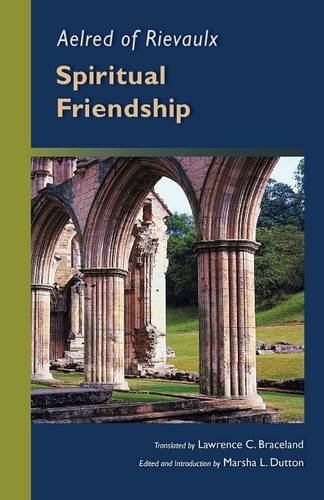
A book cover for Aelred of Rievaulx: Spiritual Friendship (Cistercian Studies series); Christian Books & Bibles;